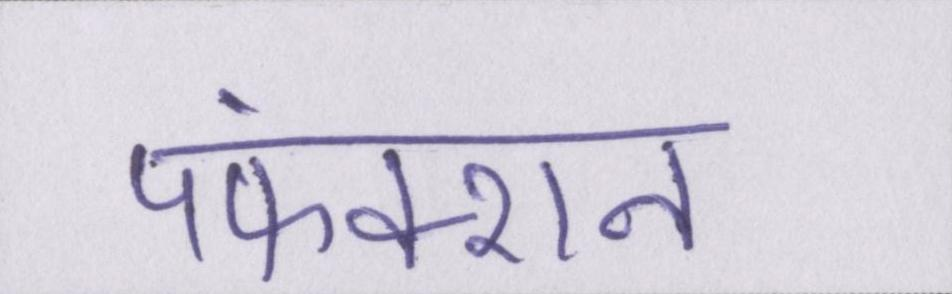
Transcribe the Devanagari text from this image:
पफंक्शन